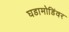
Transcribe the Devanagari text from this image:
घडामोडिंवर